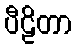
ပီဠိတာ